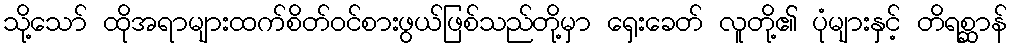
သို့သော် ထိုအရာများထက်စိတ်ဝင်စားဖွယ်ဖြစ်သည်တို့မှာ ရှေးခေတ် လူတို့၏ ပုံများနှင့် တိရစ္ဆာန်